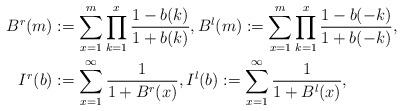
LaTeX: \begin{align*}B^r(m)&:=\sum_{x=1}^m \prod_{k=1}^x \frac{1-b(k)}{1+b(k)},B^l(m):=\sum_{x=1}^m \prod_{k=1}^x \frac{1-b(-k)}{1+b(-k)},\\I^r(b)&:=\sum_{x=1}^{\infty} \frac{1}{1+B^r(x)},I^l(b):=\sum_{x=1}^{\infty} \frac{1}{1+B^l(x)},\end{align*}